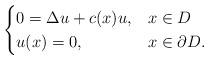
LaTeX: \begin{align*}\begin{cases}0 = {\Delta} u + c(x) u, & x \in D\\u(x) = 0, & x \in \partial D.\end{cases}\end{align*}